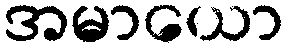
အမာယော